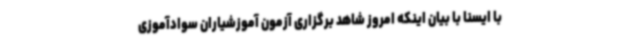
با ایسنا با بیان اینکه امروز شاهد برگزاری آزمون آموزشیاران سوادآموزی